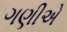
ગણીએ